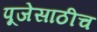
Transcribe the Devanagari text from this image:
पूजेसाठीच